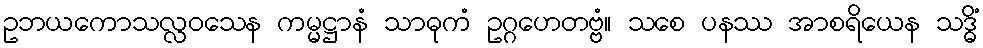
ဥဘယကောသလ္လဝသေန ကမ္မဋ္ဌာနံ သာဓုကံ ဥဂ္ဂဟေတဗ္ဗံ။ သစေ ပနဿ အာစရိယေန သဒ္ဓိံ